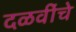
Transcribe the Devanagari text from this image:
दळवींचे